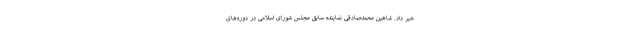
خبر داد. شاهین محمدصادقی نماینده سابق مجلس شورای اسلامی در دوره‌های